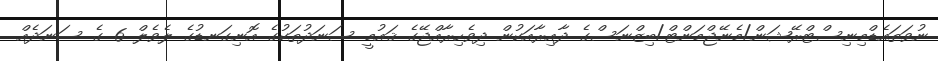
ނުވަތައެޑްމިނިސްޓްރޭޝަން/މެނޭޖްމަންޓް/ބިޒްނަސްގެ ދާއިރާއަކުން ދިވެހިރާއްޖޭގެ ޤައުމީ ސަނަދުތަކުގެ އޮނިގަނޑުގެ ލެވެލް 6 ގެ ސަނަދެއް